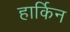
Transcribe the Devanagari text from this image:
हार्किन